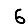
Digit: 6